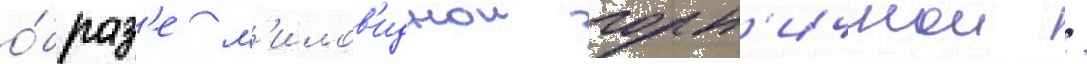
о́браз'е м'илов'иднои горн'ичнои /